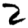
Digit: 2